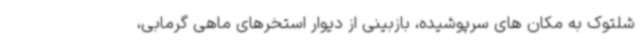
شلتوک به مکان های سرپوشیده، بازبینی از دیوار استخرهای ماهی گرمابی،